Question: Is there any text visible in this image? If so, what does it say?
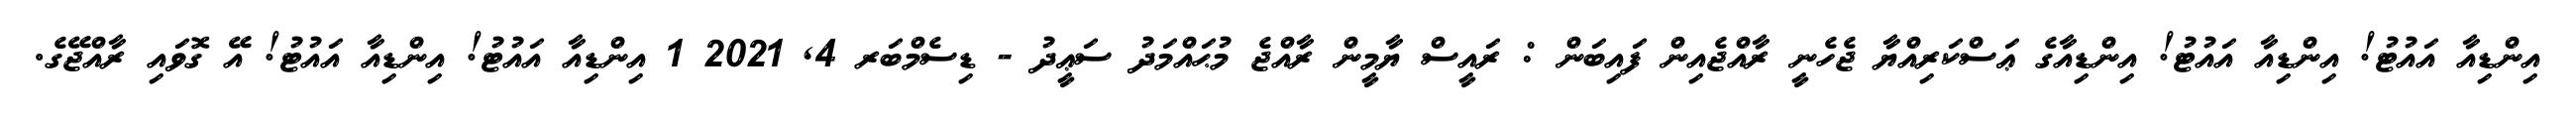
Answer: އިންޑިއާ އައުޓު! އިންޑިއާ އައުޓު! އިންޑިއާގެ ޢަސްކަރިއްޔާ ޖެހެނީ ރާއްޖެއިން ފައިބަން : ރައީސް ޔާމީން ރާއްޖެ މުޙައްމަދު ސަޢީދު - ޑިސެމްބަރ 4, 2021 1 އިންޑިއާ އައުޓު! އިންޑިއާ އައުޓު! އޭ ގޮވައި ރާއްޖޭގެ.